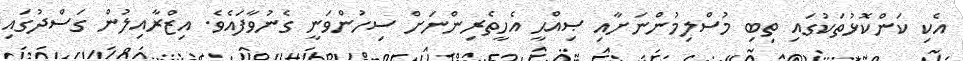
އެކި ކަންކޮޅުތަކުގައި ތިބި މުސްލިމުންނަށާއި ޞިއްޙީ އެހީތެރިންނަށް ސިހުންވަނީ ގެނުވާފައެވެ. އިޒްރާއިލުން ގަސްދުގައި